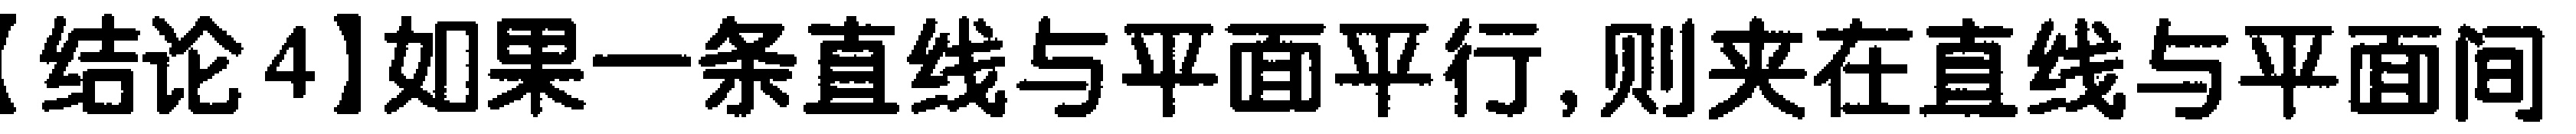
【结论4】如果一条直线与平面平行,则夹在直线与平面间